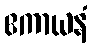
ဧကာယနံ